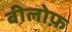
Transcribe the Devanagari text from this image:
बीलोफ़